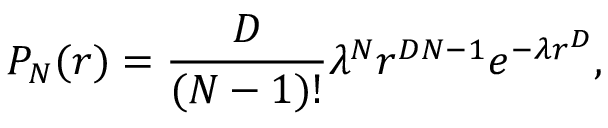
P _ { N } ( r ) = { \frac { D } { ( N - 1 ) ! } } { \lambda } ^ { N } r ^ { D N - 1 } e ^ { - \lambda r ^ { D } } ,